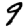
Digit: 9